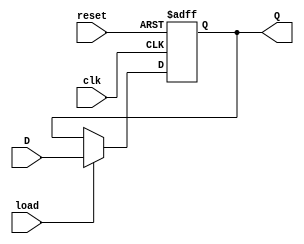
`timescale 1ns / 1ps
/***************************************************************************
*
* Filename: LoadReg 
* Version:	1
*
* Notes:    The register allows data in to output only if load is enabled. 
* Otherwise data out is held at its previous value. Reset will zeros the array. 
*
***************************************************************************/
module LoadReg(clk, reset, load, D, Q);
	
	/**********************************************************************
	* Initilize input, output, and register used within the module.
	* Registers are to use non-blocking assignment. 
	* Always block to cycle the loop at positive edge of the clock. 
	* Continuous assignment to output the enabled data. 
	**********************************************************************/
	input 	      clk, reset, load;
	input [31:0]  D;
	
	output reg [31:0] Q;
	
	
	always @(posedge clk or posedge reset) begin
		if      (reset)  Q <= 32'h0;
		else if (load)   	  Q <= D;
		else 		        Q <= Q;
	end
	
endmodule